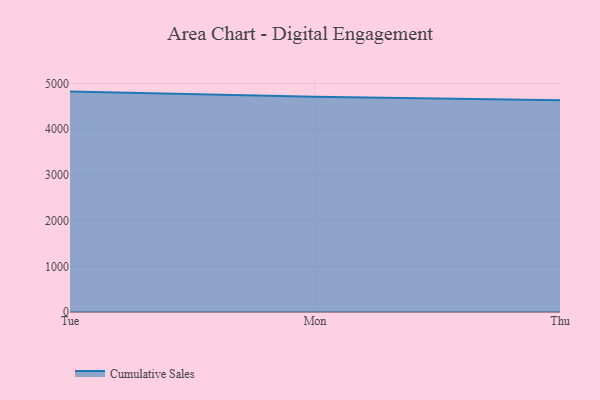
{"axis": {"x": "Day", "y": "Headcount"}, "legend": ["Cumulative Sales"], "data": [{"x": "Tue", "y": 4822.8, "type": "Cumulative Sales"}, {"x": "Mon", "y": 4709.6, "type": "Cumulative Sales"}, {"x": "Thu", "y": 4632.3, "type": "Cumulative Sales"}]}